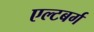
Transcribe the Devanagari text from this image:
एल्टबर्ग